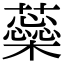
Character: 蘂